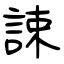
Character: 誎